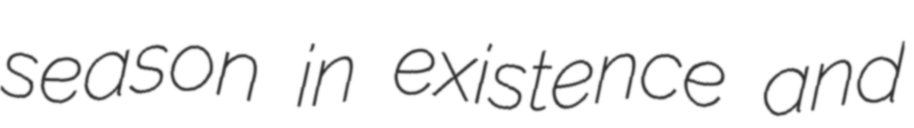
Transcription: season in existence and